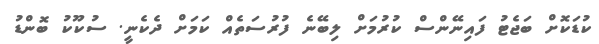
ކުޑަކޮށް ބަޖެޓު ފައިނޭންސް ކުރުމަށް ލިބޭނެ ފުރުސަތެއް ކަމަށް ދެކެނީ. ސުކޫކު ބޮންޑު